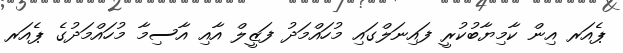
ޕެއަރ އިން ކާމިޔާބުކުރީ ފައިނަލްގައި މުހައްމަދު ފަޒީލް އާއި އާސިމާ މުހައްމަދުގެ ޕެއަރ